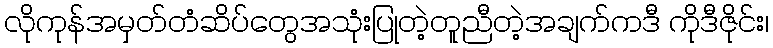
လိုကုန်အမှတ်တံဆိပ်တွေအသုံးပြုတဲ့တူညီတဲ့အချက်ကဒီ ကိုဒီဇိုင်း၊